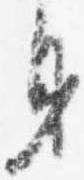
身